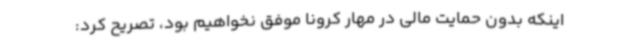
اینکه بدون حمایت مالی در مهار کرونا موفق نخواهیم بود، تصریح کرد: